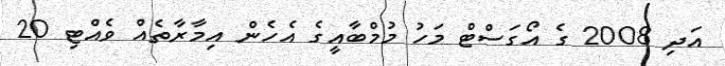
އަދި 2008 ގެ އޯގަސްޓް މަހު މުމްބާއީގެ އެހެން އިމާރާތެއް ވެއްޓި 20